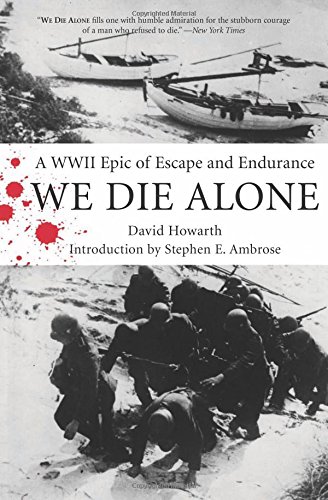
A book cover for We Die Alone: A WWII Epic Of Escape And Endurance; David Howarth; History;